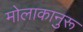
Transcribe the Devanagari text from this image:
मोलाकानुरू